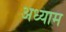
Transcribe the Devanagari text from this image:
अध्याम